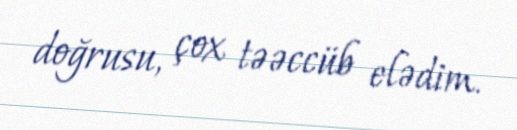
doğrusu, çox təəccüb elədim.